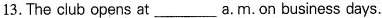
13. The club opens at ___a. m. on business days.